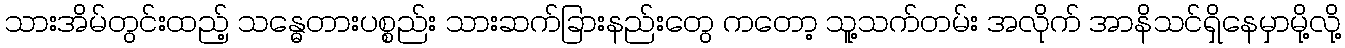
သားအိမ်တွင်းထည့် သန္ဓေတားပစ္စည်း သားဆက်ခြားနည်းတွေ ကတော့ သူ့သက်တမ်း အလိုက် အာနိသင်ရှိနေမှာမို့လို့